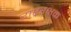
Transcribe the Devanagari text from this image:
राष्ट्ररक्षक